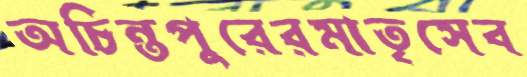
অচিন্তপুরেরমাতৃসেব